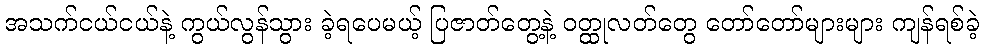
အသက်ငယ်ငယ်နဲ့ ကွယ်လွန်သွား ခဲ့ရပေမယ့် ပြဇာတ်တွေ့နဲ့ ဝတ္ထုလတ်တွေ တော်တော်များများ ကျန်ရစ်ခဲ့